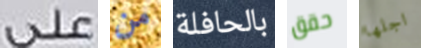
على من بالحافلة حقق اجلها